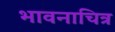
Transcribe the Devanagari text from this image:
भावनाचित्र